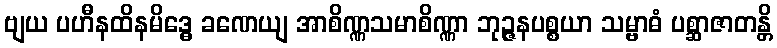
ဗျယ ပဟီနထိနမိဒ္ဓေ ခဏေယျ အာစိဏ္ဏသမာစိဏ္ဏာ ဘုဉ္ဇနပစ္စယာ သမ္ဗာဓံ ပစ္ဆာဇာတန္တိ